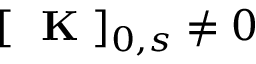
[ \mathrm { ~ \bf ~ K ~ } ] _ { 0 , s } \neq 0